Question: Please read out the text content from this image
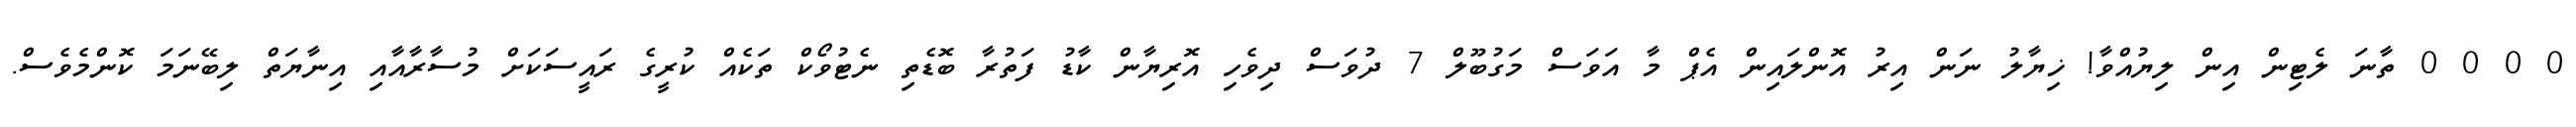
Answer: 0 0 0 0 ތާނަ ލެޓިން އިން ލިޔުއްވާ! ޚިޔާލު ނަން އިރު އޮންލައިން އެޕް މާ އަވަސް މަގުބޫލް 7 ދުވަސް ދިވެހި އޮރިޔާން ކާޑު ފަތުރާ ބޮޑެތި ނެޓުވޯކް ތަކެއް ކުރީގެ ރައީސަކަށް މުސާރާއާއި އިނާޔަތް ލިބޭނަމަ ކޮންމެވެސް.